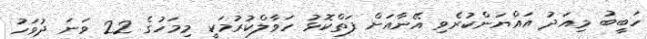
ހަބީބު މިއަދު އައްޔަންކުރެވި އޭނާއަށް ފަތްކޮޅު ހަވާލްކުރުމަކީ މިމަހުގެ 22 ވަަނަ ދުވަހު